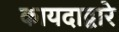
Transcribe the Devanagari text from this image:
कायदाद्वारे